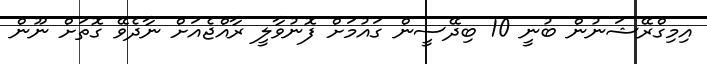
އިމިގްރޭޝަނުން ބުނީ 10 ބިދޭސީން ގައުމަށް ފޮނުވާލީ ރާއްޖެއަށް ނާދެވޭ ގޮތަށް ނޫން